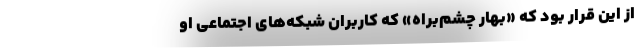
از اين قرار بود كه «بهار چشم‌براه» كه كاربران شبكه‌هاي اجتماعي او